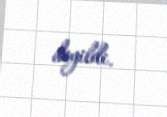
deyildi.